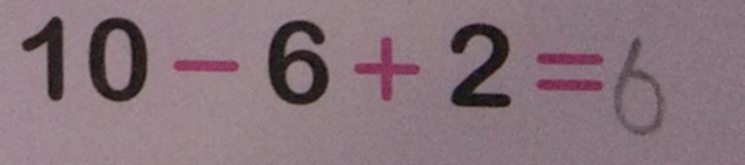
1 0 - 6 + 2 = 6